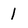
Character: I